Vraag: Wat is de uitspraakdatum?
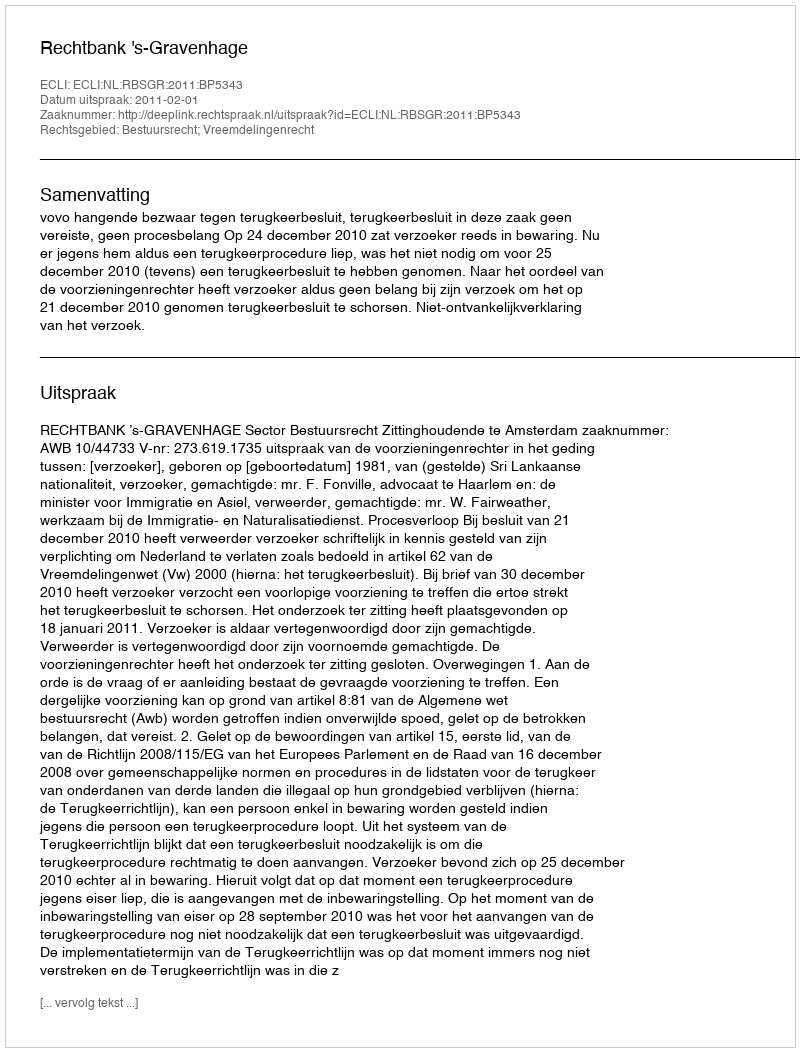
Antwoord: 2011-02-01